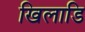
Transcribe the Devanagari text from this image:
खिलाडि